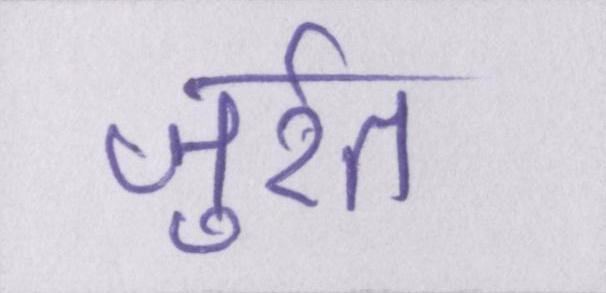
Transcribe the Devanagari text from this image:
जुर्रत